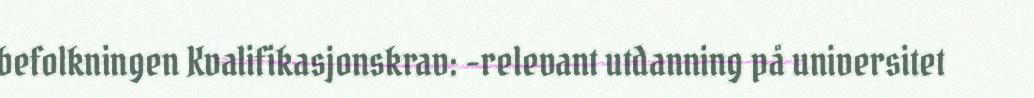
befolkningen Kvalifikasjonskrav: -relevant utdanning på universitet